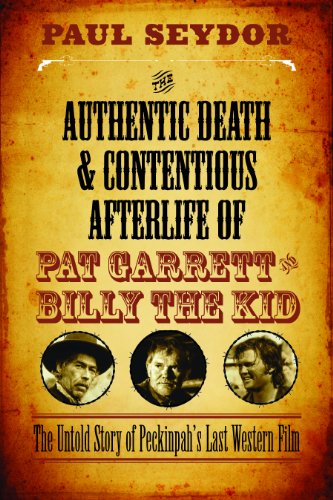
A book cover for The Authentic Death and Contentious Afterlife of Pat Garrett and Billy the Kid: The Untold Story of Peckinpah's Last Western Film; Paul Seydor; Humor & Entertainment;